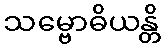
သမ္ဗောဓိယန္တိ